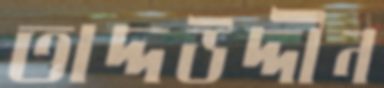
তাদ্দউদ্দীন